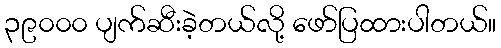
၃၉၀၀၀ ပျက်ဆီးခဲ့တယ်လို့ ဖော်ပြထားပါတယ်။